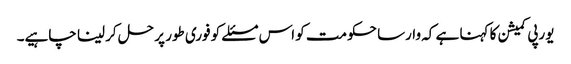
یورپی کمیشن کا کہنا ہے کہ وارسا حکومت کو اس مسئلے کو فوری طور پر حل کر لینا چاہیے۔